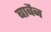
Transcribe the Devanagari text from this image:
बाबैन